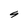
Character: s